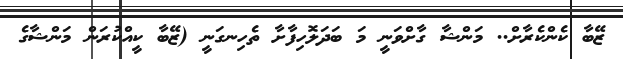
ޒޭބާ ކެންކެރާށް.. މަންޝާ ގާށްވަނީ މަ ބަދަލޮހިފާށާ ތެހިނގަނީ (ޒޭބާ ކީއްކުރަން މަންޝާގެ